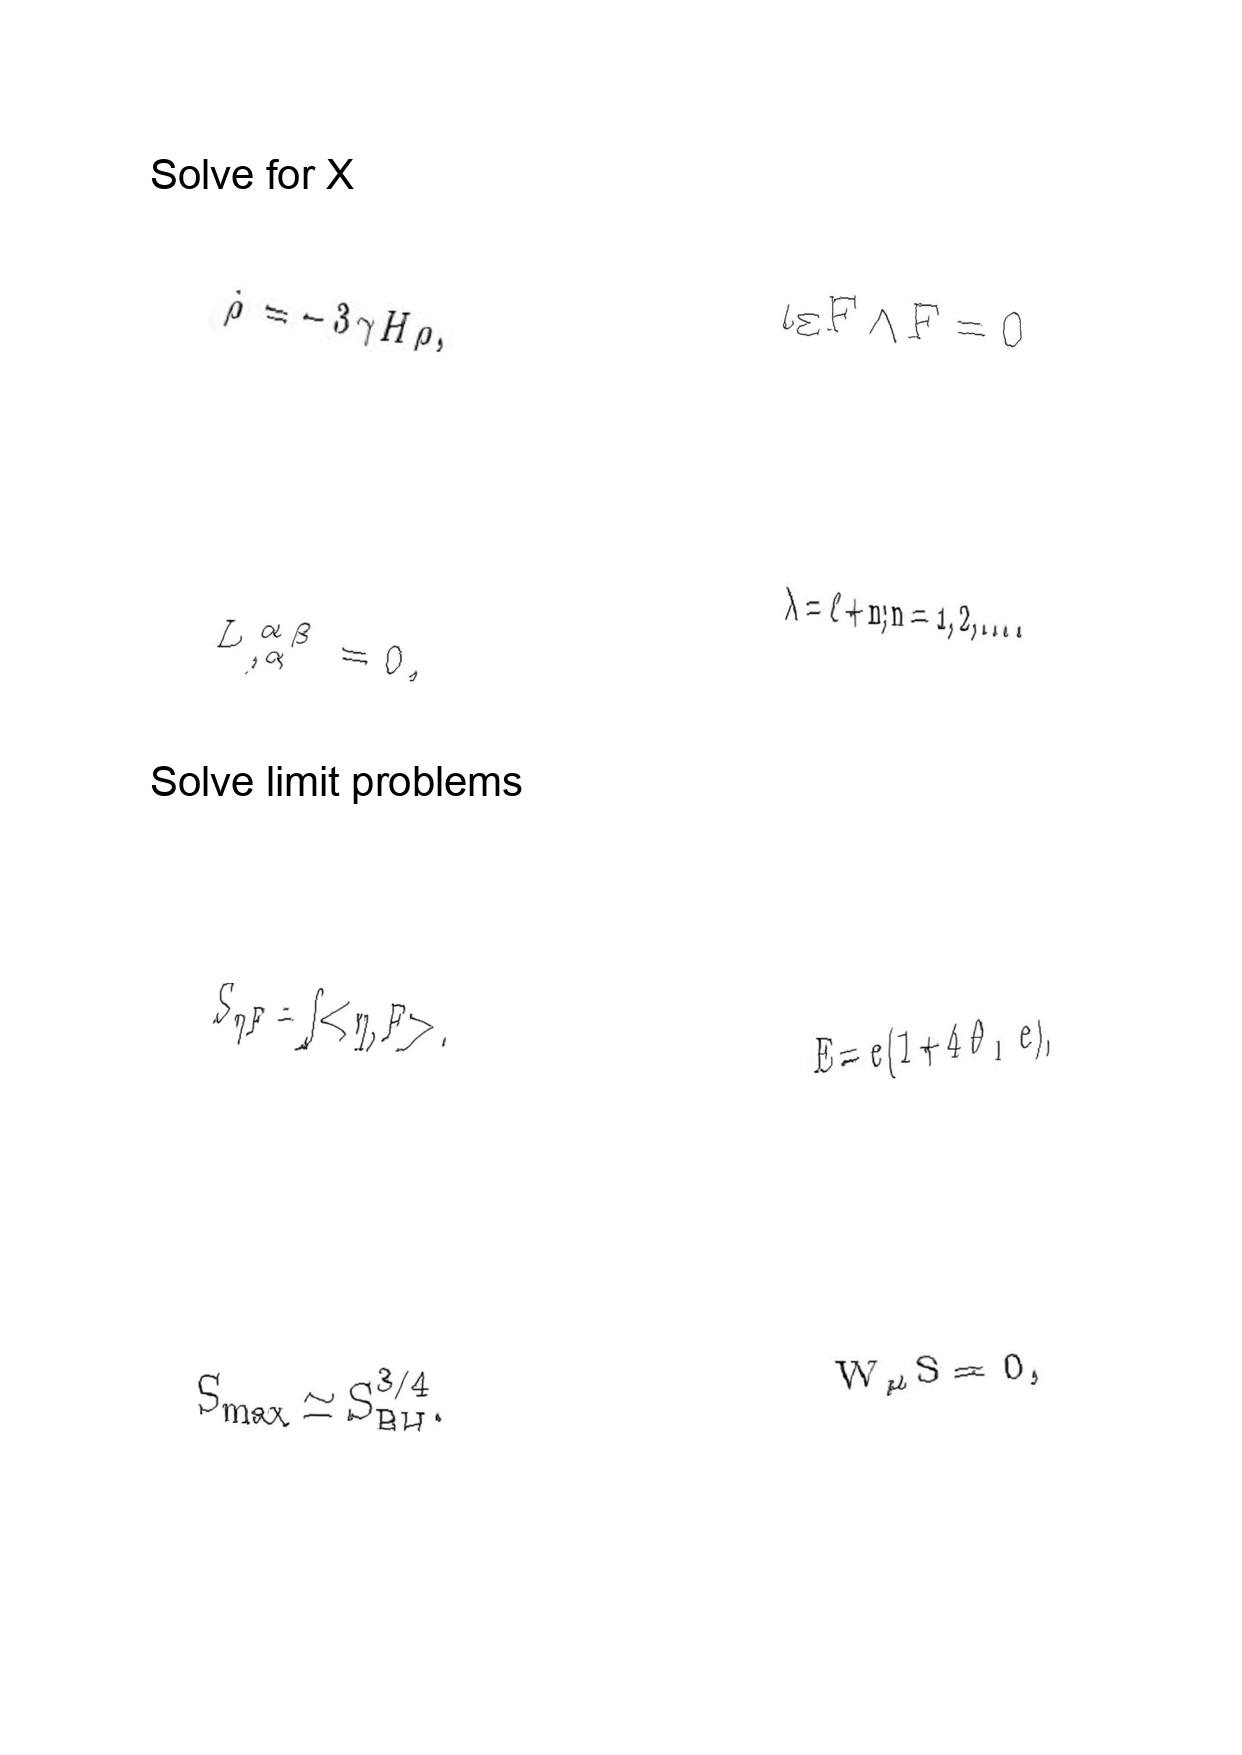
LaTeX transcription:
\dot { \rho } = - 3 \gamma H \rho ,
L ^ { \alpha \beta } _ { , \alpha } = 0 ,
S _ { \eta F } = \int \lt \eta , F \gt .
S _ { m a x } \simeq S _ { B H } ^ { 3 / 4 } .
\iota _ { \Xi } F \wedge F = 0
\lambda = \ell + n ; n = 1 , 2 , \ldots .
E = e \lparen 1 + 4 \theta _ { 1 } e \rparen ,
W _ { \mu } S = 0 ,